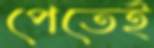
পেতেই